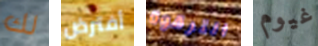
لك أفترض الترقوة غيوم